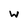
Character: w